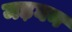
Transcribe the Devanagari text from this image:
मड़घन